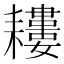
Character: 𦔪